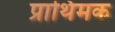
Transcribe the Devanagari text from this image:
प्राथिमक